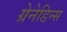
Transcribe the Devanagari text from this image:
ग्रेनेडिन्स